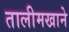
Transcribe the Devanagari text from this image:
तालीमखाने